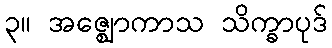
၃။ အဇ္ဈောကာသ သိက္ခာပုဒ်